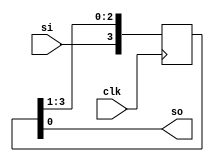
`timescale 1ns / 1ps

module SISO(clk,si,so);
input clk;
input si;
output so;
reg [3:0] q=0;
always @(posedge clk)
begin
    q[3]<=si;
    q[2]<=q[3];
    q[1]<=q[2];
    q[0]<=q[1];
end
assign so=q[0];
endmodule

module SISO_tb();
reg clk;
reg si;
wire so;
SISO U(.clk(clk),.si(si),.so(so));
always #5 clk=~clk;
initial begin
clk = 0; si = 1;#10;
si = 1; #10;
si = 0; #10;
si = 1;
end
endmodule